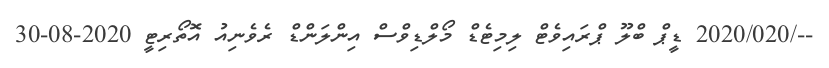
--/2020/020 ޑީޕް ބްލޫ ޕްރައިވެޓް ލިމިޓެޑް މޯލްޑިވްސް އިންލަންޑް ރެވެނިއު އޮތޯރިޓީ 2020-08-30